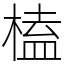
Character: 榼